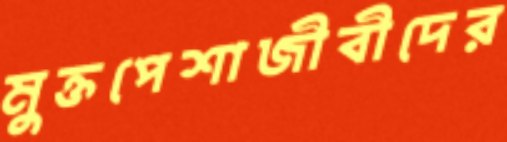
মুক্তপেশাজীবীদের